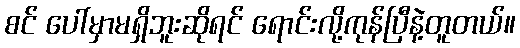
စင် ပေါ်မှာမရှိဘူးဆိုရင် ရောင်းလို့ကုန်ပြီနဲ့တူတယ်။